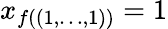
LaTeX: x_{f(\left(1,\ldots,1\right))}=1